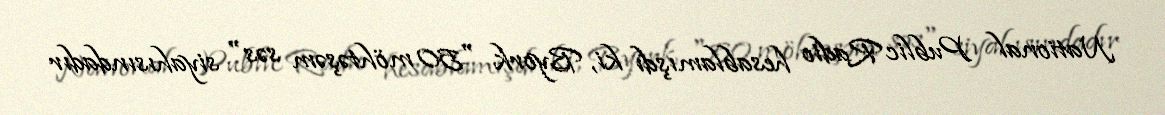
National Public Radio hesablamışdı ki, Byork "50 möhtəşəm səs" siyahısındadır